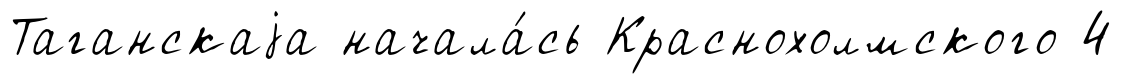
Таганскаjа начала́сь Краснохолмского 4